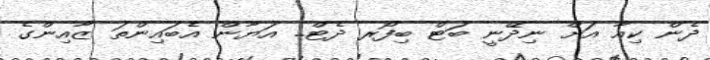
ދެން ކިއާ އަށް ނިދޭނީ ބަޓް ބިފޯރ ދެޓް.. އަޔާން އެބައިންތަ ޒާއިންގެ